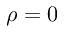
\rho = 0